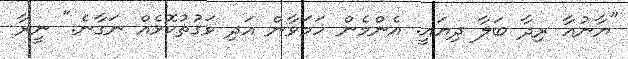
"ޔާނުއާ ރިދާ ބަލާ ދިޔައީ. އެންމެން ހަމަވާން އަދި ވަގުތުކޮޅެއް ނަގާނެ." ނީރާ